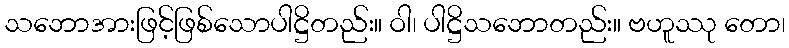
သဘောအားဖြင့်ဖြစ်သောပါဋ္ဌိတည်း။ ဝါ၊ ပါဋ္ဌိသဘောတည်း။ ဗဟူဿု တော၊